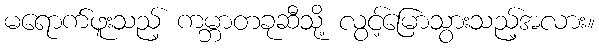
မရောက်ဖူးသည့် ကမ္ဘာတခုဆီသို့ လွင့်မြောသွားသည့်အလား။